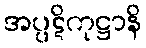
အပ္ပဋိကုဋ္ဌာနိ